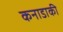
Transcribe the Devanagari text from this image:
कनाडाकी